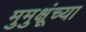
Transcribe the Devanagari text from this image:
मुमुक्षूंच्या